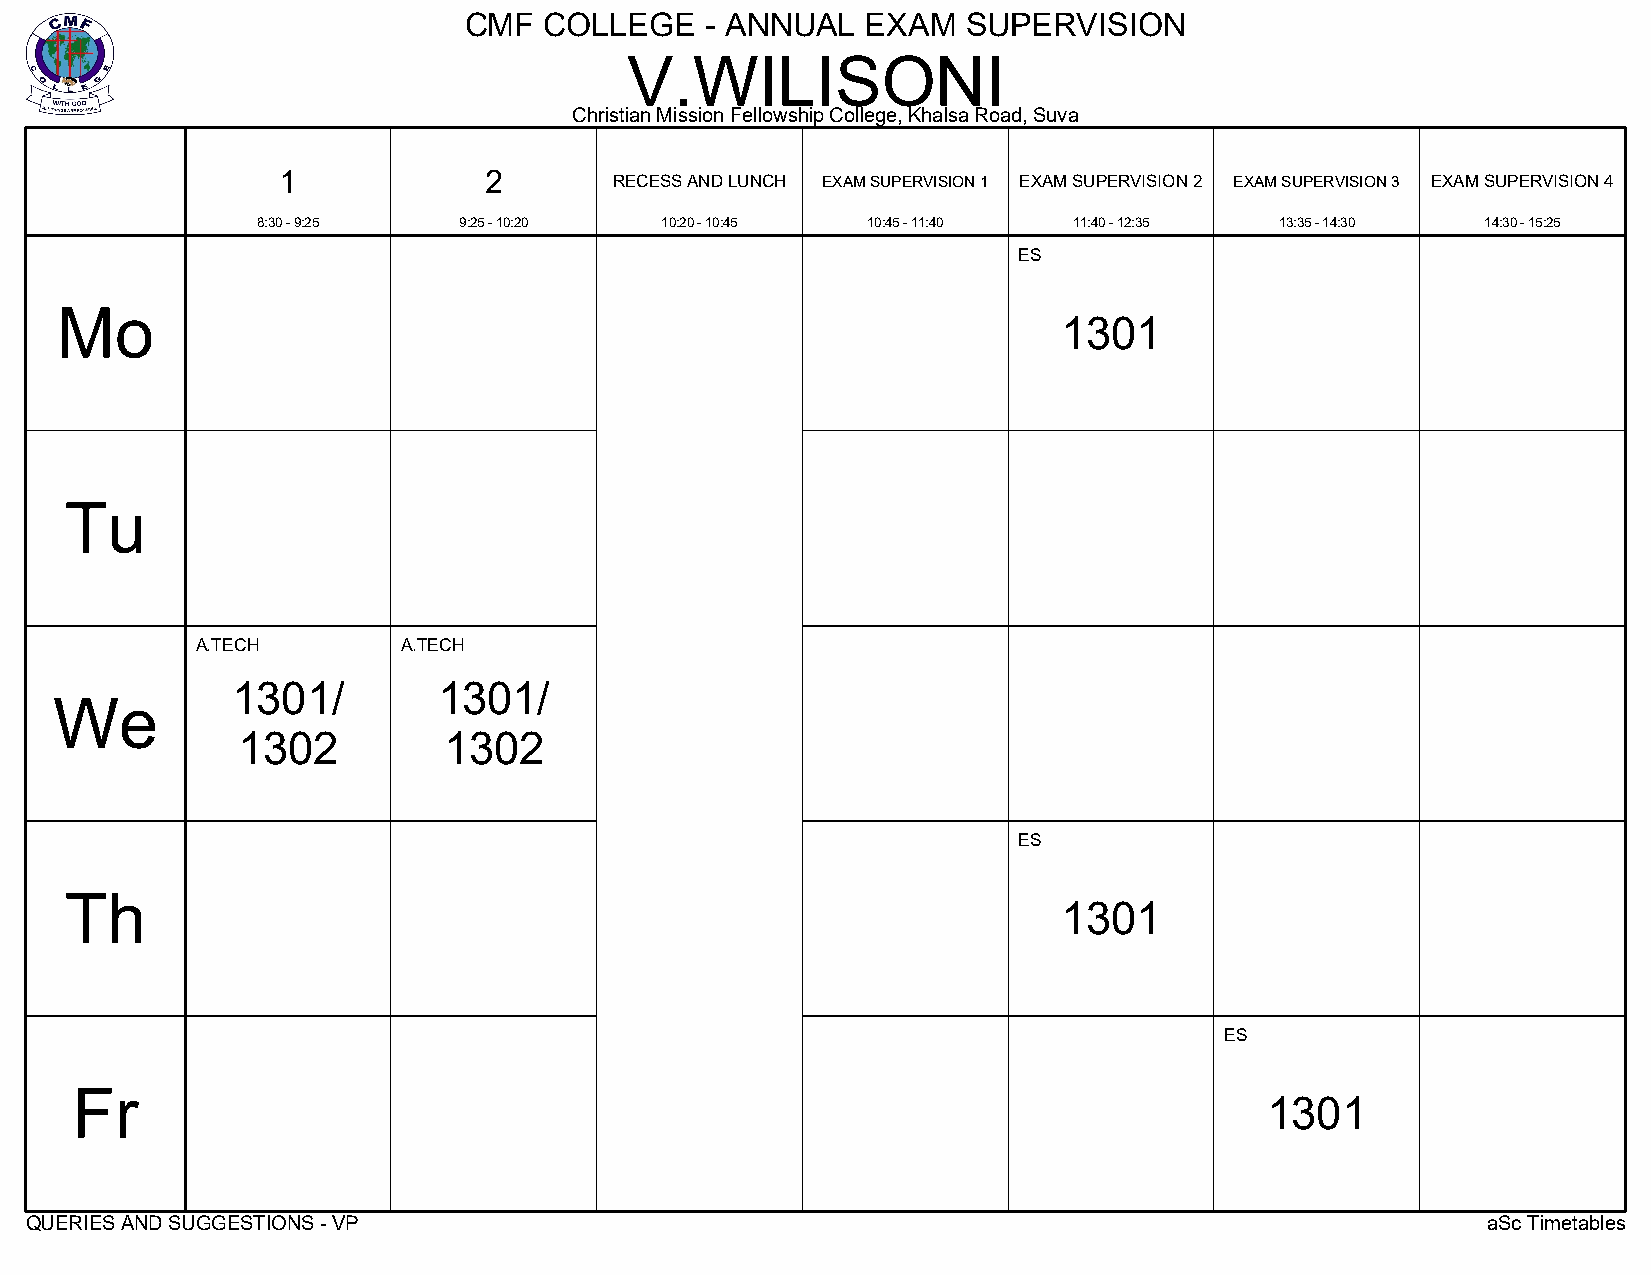
CMF  COLLEGE    - ANNUAL  EXAM   SUPERVISION
 V.WILISONI
 Christian Mission Fellowship College, Khalsa Road, Suva
 1             2
 RECESS AND LUNCH EXAM SUPERVISION 1 EXAM SUPERVISION 2 EXAM SUPERVISION 3 EXAM SUPERVISION 4
 8:30 - 9:25  9:25 - 10:20  10:20 - 10:45 10:45 - 11:40 11:40 - 12:35 13:35 - 14:30 14:30 - 15:25
 ES
 Mo
 1301
 Tu
 A.TECH        A.TECH
 1301/         1301/
 We
 1302         1302
 ES
 Th
 1301
 ES
 Fr
 1301
 QUERIES AND SUGGESTIONS - VP                                                                    aSc Timetables